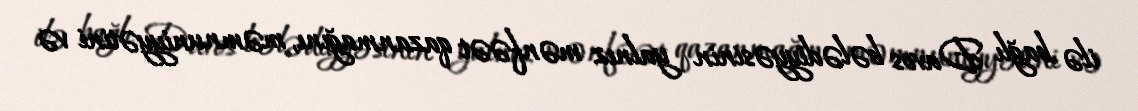
ilə bağlı Davos bələdiyyəsinin yalnız mənfəət qazanmağını, məmnuniyyətini və